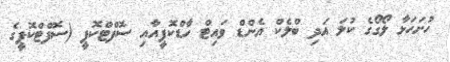
ހުށަހަޅާ ލޯގޯގެ ކުލަ އަދި ބްލެކް އެންޑް ވައިޓް ހާޑްކޮޕީއާއި ސޮފްޓްކޮޕީ (ސޮފްޓްކޮޕީގެ